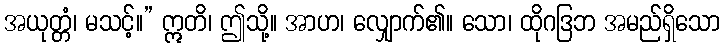
အယုတ္တံ၊ မသင့်။” ဣတိ၊ ဤသို့။ အာဟ၊ လျှောက်၏။ သော၊ ထိုဂဒြဘ အမည်ရှိသော